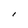
Character: I